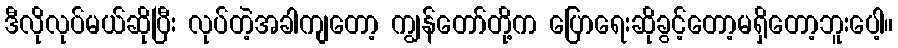
ဒီလိုလုပ်မယ်ဆိုပြီး လုပ်တဲ့အခါကျတော့ ကျွန်တော်တို့က ပြောရေးဆိုခွင့်တော့မရှိတော့ဘူးပေါ့။